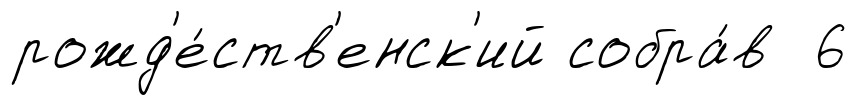
рожд'е́ств'енск'ий собра́в 6